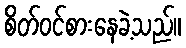
စိတ်ဝင်စားနေခဲ့သည်။